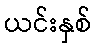
ယင်းနှစ်